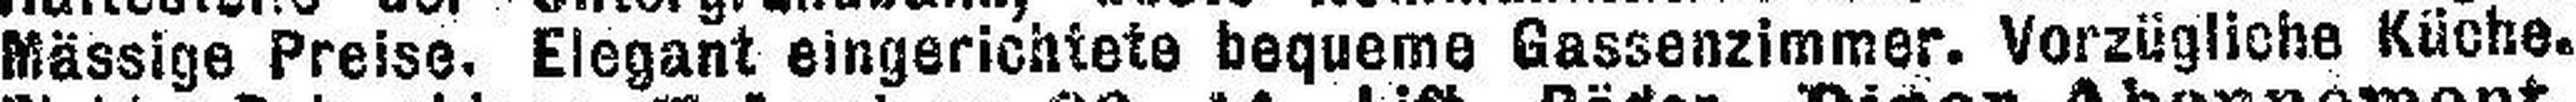
Mässige Preise. Elegant eingerichtete bequeme Gassenzimmer. Vorzügliche Küche.